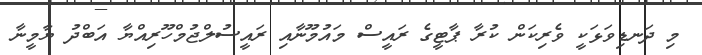
މި ދަނޑިވަޅަކީ ވެރިކަން ކުރާ ޕާޓީގެ ރައީސް މައުމޫނާއި ރައީސުލްޖުމްހޫރިއްޔާ އަބްދު ޔާމީނާ